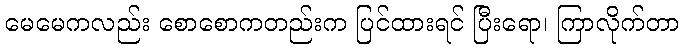
မေမေကလည်း စောစောကတည်းက ပြင်ထားရင် ပြီးရော၊ ကြာလိုက်တာ